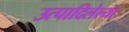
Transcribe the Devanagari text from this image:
उत्पादिलेल्या